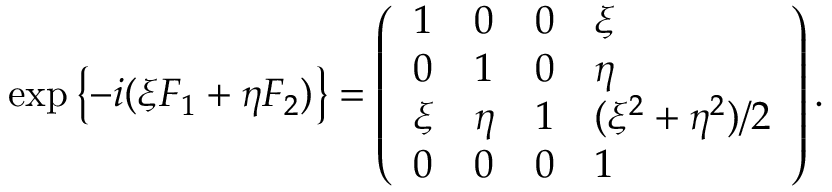
\exp { \left\{ - i ( \xi F _ { 1 } + \eta F _ { 2 } ) \right\} } = \left( \begin{array} { l l l l } { { 1 } } & { { 0 } } & { { 0 } } & { { \xi } } \\ { { 0 } } & { { 1 } } & { { 0 } } & { { \eta } } \\ { { \xi } } & { { \eta } } & { { 1 } } & { { ( \xi ^ { 2 } + \eta ^ { 2 } ) / 2 } } \\ { { 0 } } & { { 0 } } & { { 0 } } & { { 1 } } \end{array} \right) .